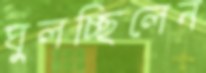
ঘুলচ্ছিলেন